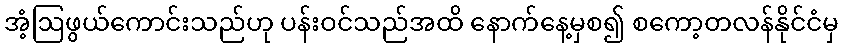
အံ့ဩဖွယ်ကောင်းသည်ဟု ပန်းဝင်သည်အထိ နောက်နေ့မှစ၍ စကော့တလန်နိုင်ငံမှ